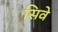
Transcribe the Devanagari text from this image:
सिवे